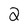
Character: 2